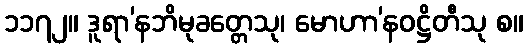
၁၁၇၂။ ဒူရာ’နဘိမုခတ္တေသု၊ မောဟာ’နဝဋ္ဌိတီသု စ။